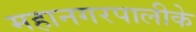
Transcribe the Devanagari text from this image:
महानगरपालीके